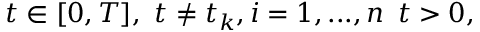
t \in [ 0 , T ] , \ t \neq t _ { k } , i = 1 , . . . , n \, \ t > 0 ,